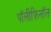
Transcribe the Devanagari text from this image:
पॉलीफ़िनॉल